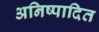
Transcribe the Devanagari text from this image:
अनिष्पादित